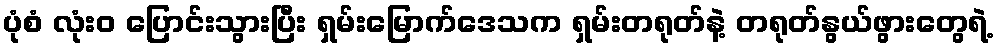
ပုံစံ လုံးဝ ပြောင်းသွားပြီး ရှမ်းမြောက်ဒေသက ရှမ်းတရုတ်နဲ့ တရုတ်နွယ်ဖွားတွေရဲ့